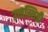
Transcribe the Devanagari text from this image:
उच्चस्थिती